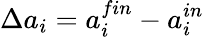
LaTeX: \Delta a_{i}=a_{i}^{fin}-a_{i}^{in}